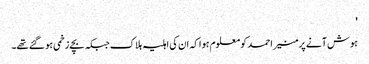
'
ہوش آنے پر منیر احمد کو معلوم ہوا کہ ان کی اہلیہ ہلاک جبکہ بچے زخمی ہو گئے تھے۔